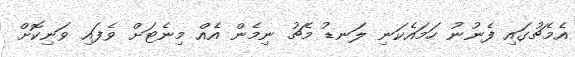
އެމެޗުގައި ފެނުނު ހަމައެކަނި ލަނޑު މެޗު ނިމެން އެއް މިނެޓަށް ވެފައި ވަނިކޮށް